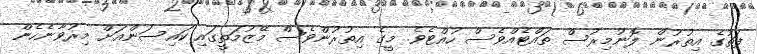
ފަތުގެ އިތުރުން ލޮނުމިރުސް ތައްޓެއްވެސް ހުއްޓެވެ. މީގެ އިތުރުންވެސް މޭޒުމަތީގައި ކައިސަންއަށް މިރުވާނެހެން